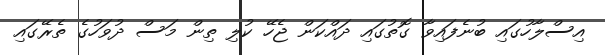
އިސްލާހުގައި ބުނެފައިވާ ގޮތުގައި ދައްކަން ޖެހޭ ކުލި ތިން މަސް ދުވަހުގެ ތެރޭގައި